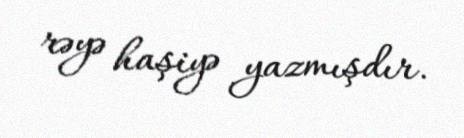
rəyə haşiyə yazmışdır.